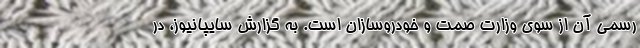
رسمی آن از سوی وزارت صمت و خودروسازان است. به گزارش سایپانیوز، در